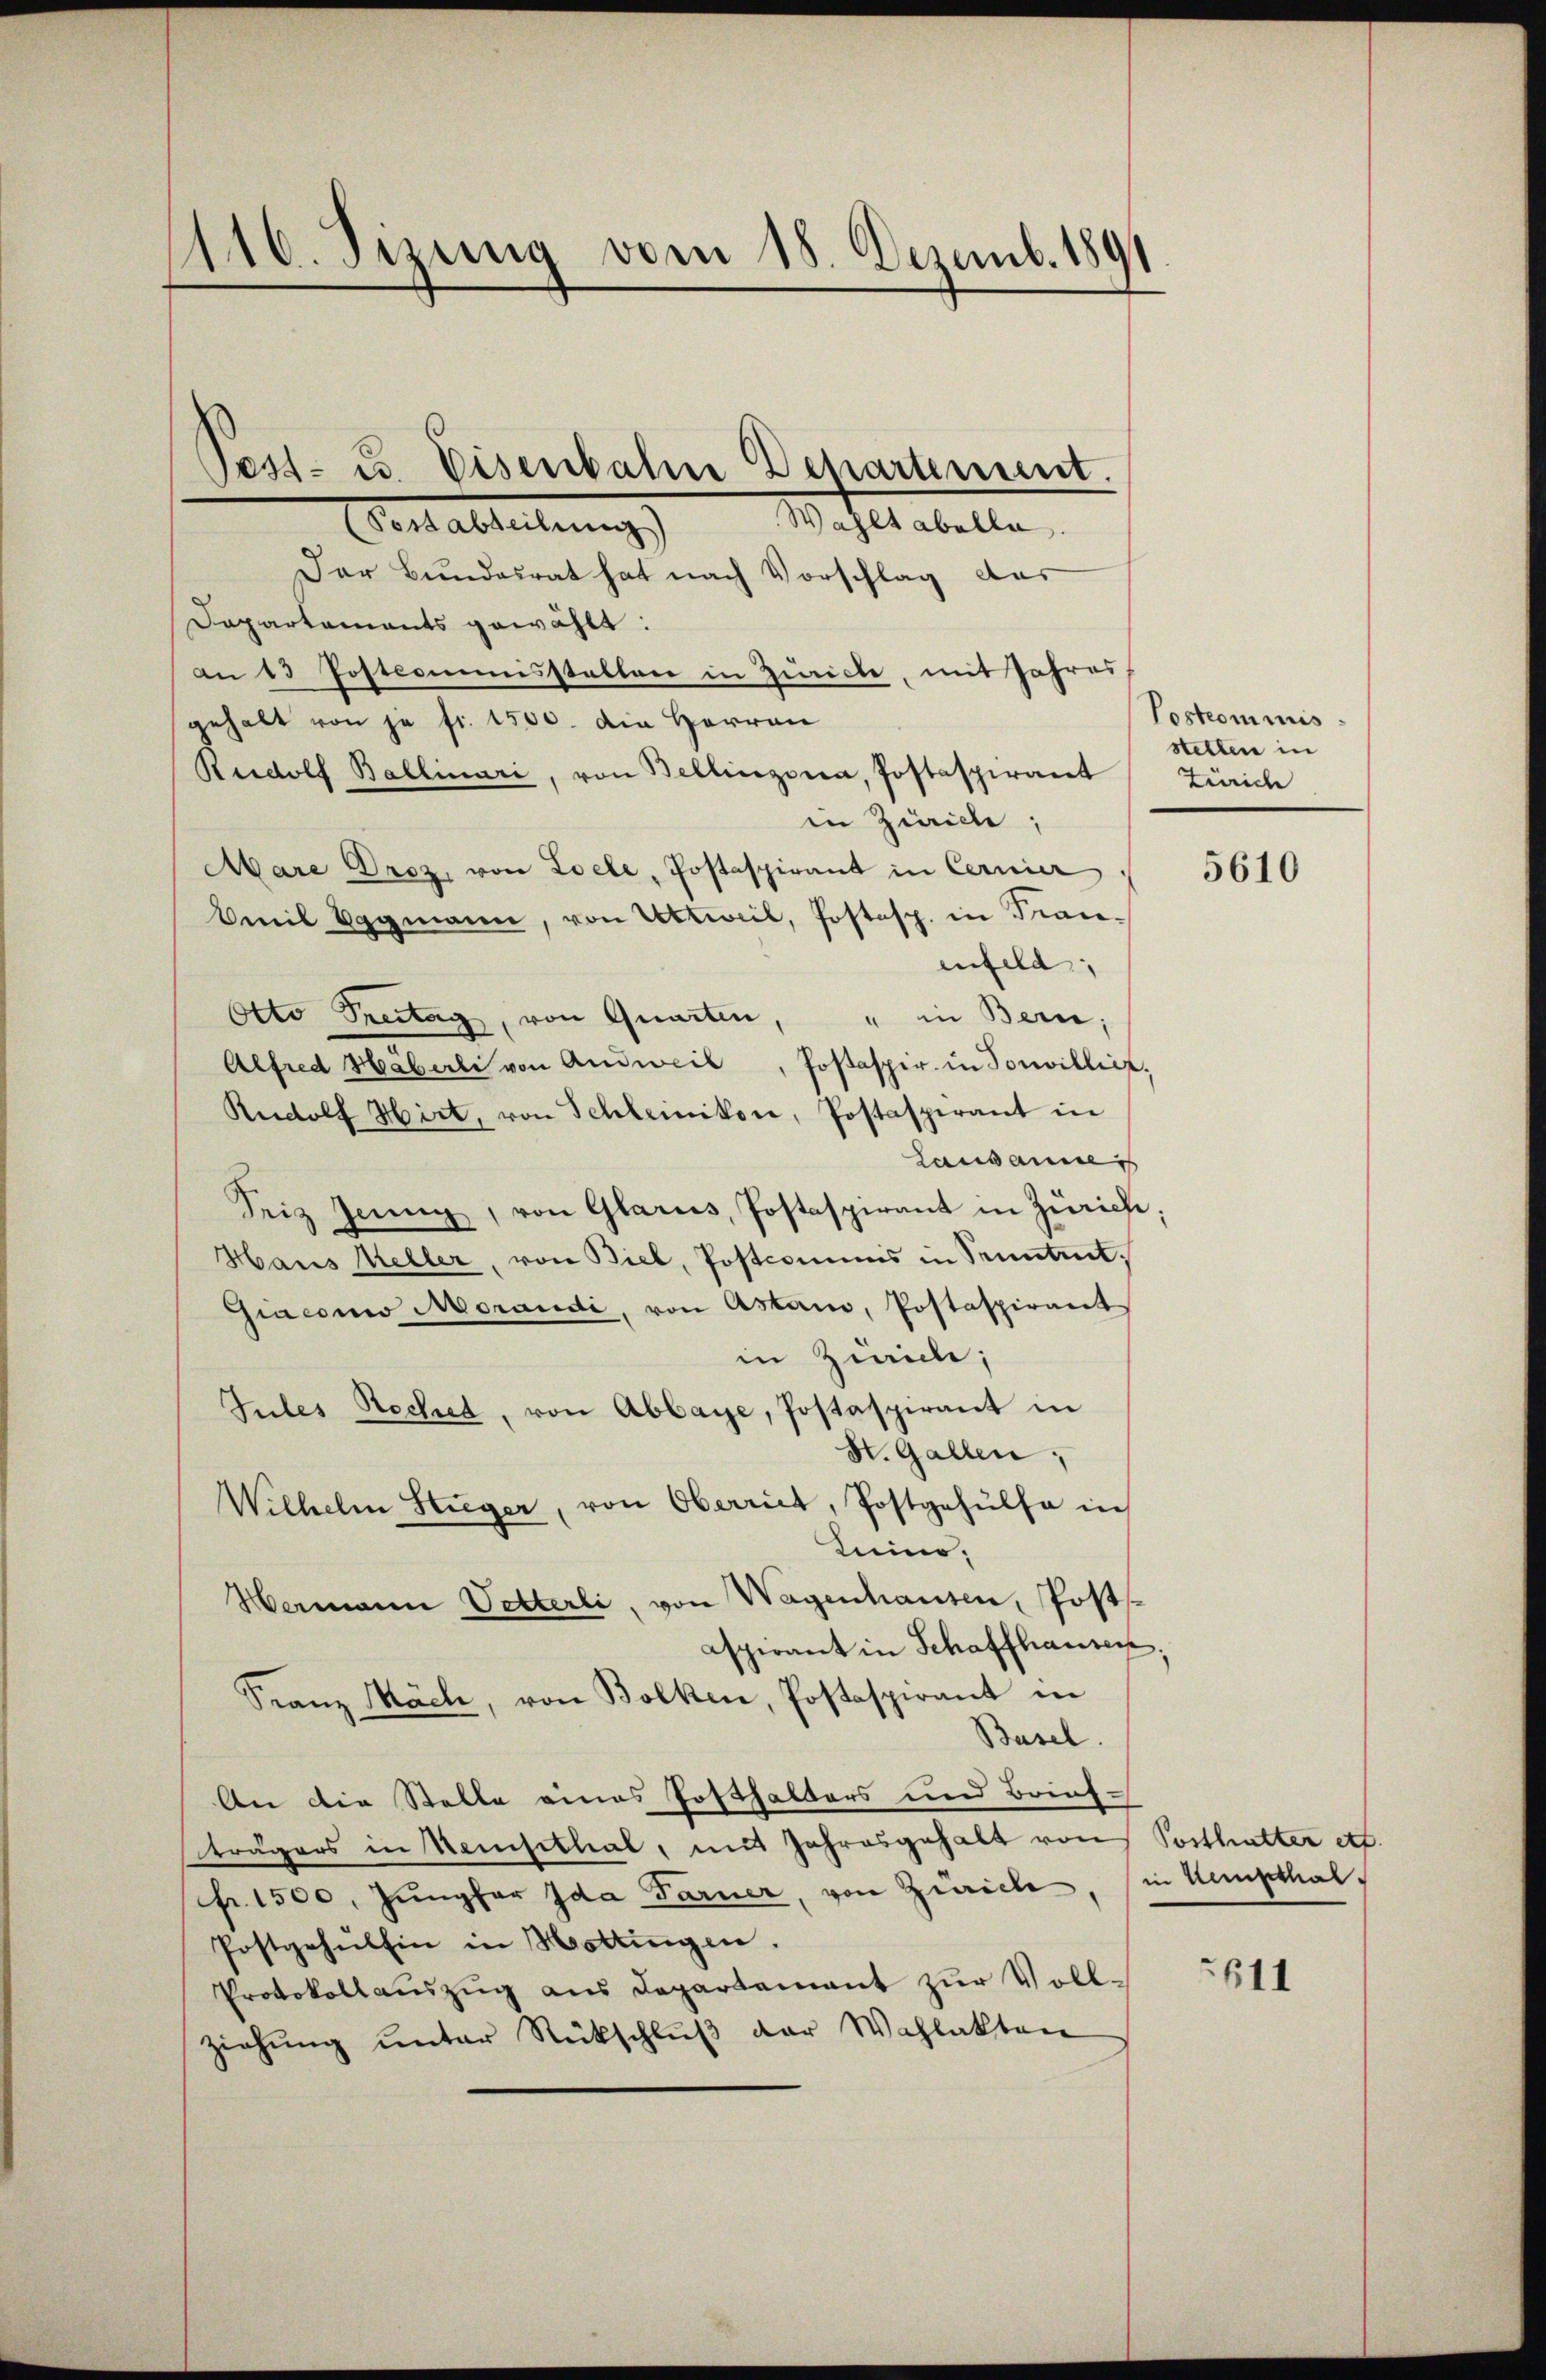
110. Sizung vom 18. Dezemb. 1891

Pest- u. Eisenbahn Departement.

Wahlt abelle.
Venableitung
Der Bundesrat hat nach Vorschlag das
Dapartements gewählt:
an 13 Postcommisstatten in Zürich, mit Jahres
gehalt von je fr. 1500. Die Herren
Rridolf Ballinari, von Bellinzona, Postaspirant Zürich
in Zürich,
Mare Droz, von Loele, Postaspirant in Cernier
Emil Vggmann, von Uktweil, Postsp. in Franenfeld,
Otto Freitag, von Quarten, " in Bern,
Alfred Haberli von Anweil, Postaspir. in Sonvilliet,
Rudolf Hirt, von Schleinikon, Postaspirant in
Lausannes
Seis Jenny, von Glarus, Postaspirant in Zürich,
Hans Keller, von Biel, Postcommis in Senntnit,
Giacomo Morandi, von Astam, Postaspirant
in Zürich;
Tules Rechet, von Abbaye, Postaspirant in
St. Gallen;
Wilhelm Stieger, von Oberriet, Postgehülfe in
Leio.
Hermann Vetterli, von Wagenhauten, Post-
aspirant in Schaffhausen,
Franz Mäch, von Bolken, Postaspirant in
Basel.
An die Stelle eines Posthalters und Brief-
trägers in Neisithal, mit Jahresgehalt von Posthalter etc.
fr. 1500. Jungfer Ida Farner, von Zürich, in Kempthal¬
Postgehaltin in Hottingen.
Protokollauszug aus Departement zur Vollziehŭng ŭnter Rückschlŭβ der Wahlakten

Sostrommis
stellen in

5610

611